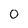
Character: 0